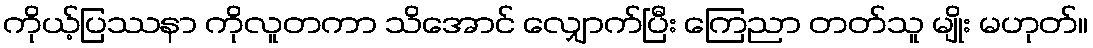
ကိုယ့်ပြဿနာ ကိုလူတကာ သိအောင် လျှောက်ပြီး ကြေညာ တတ်သူ မျိုး မဟုတ်။